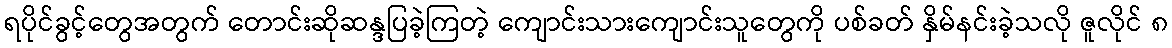
ရပိုင်ခွင့်တွေအတွက် တောင်းဆိုဆန္ဒပြခဲ့ကြတဲ့ ကျောင်းသားကျောင်းသူတွေကို ပစ်ခတ် နှိမ်နင်းခဲ့သလို ဇူလိုင် ၈